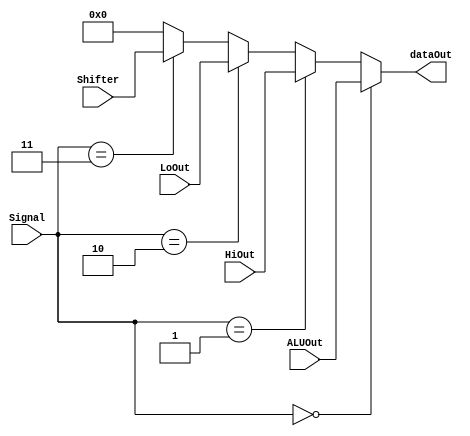
`timescale 1ns/1ns
module MUX( ALUOut, HiOut, LoOut, Shifter, Signal, dataOut );
input [31:0] ALUOut ;
input [31:0] HiOut ;
input [31:0] LoOut ;
input [31:0] Shifter ;
input [1:0] Signal ;
output [31:0] dataOut ;

// symbolic constants for ALU Operations
parameter ALU_add = 3'b010;
parameter ALU_sub = 3'b110;
parameter ALU_and = 3'b000;
parameter ALU_or  = 3'b001;
parameter ALU_slt = 3'b111;

parameter SHT_sll = 3'b011;
parameter DIV_mfhi = 3'b100;  //  3'b101;
parameter DIV_mflo = 3'b101;  //  3'b100;


assign dataOut = ( Signal == 2'b00 ) ? ALUOut :
		 ( Signal == 2'b01 ) ? HiOut :
		 ( Signal == 2'b10 ) ? LoOut :
		 ( Signal == 2'b11 ) ? Shifter : 32'b0 ;

endmodule